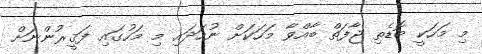
މި މަހަކީ ބޮޑެތި ޖާފަތް ބާއްވާ މަހަކަށް ނުހަދައި މި މަހުގައި ފަޤީރުންނަށް